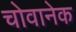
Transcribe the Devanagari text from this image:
चोवानेक